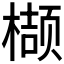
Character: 𮲺